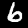
Digit: 6